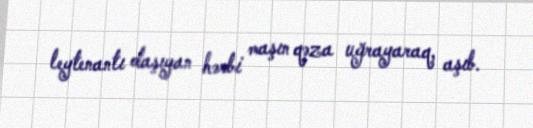
leytenantı daşıyan hərbi maşın qəza uğrayaraq, aşıb.